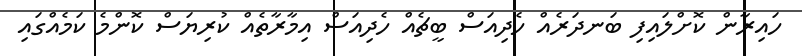
ހައިރާން ކޮށްލައިފި ބަނދަރެއް ހެދިއަސް ބީޗެއް ހެދިއަސް އިމާރާތެއް ކުރިޔަސް ކޮންމެ ކަމެއްގައި